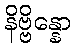
နိဗ္ဗိန္နော